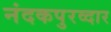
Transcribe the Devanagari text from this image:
नंदकपुरव्दार